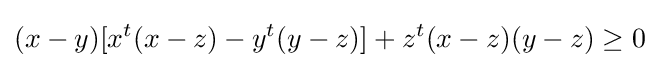
(x-y)[x^{t}(x-z)-y^{t}(y-z)]+z^{t}(x-z)(y-z)\geq 0